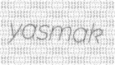
yasmak